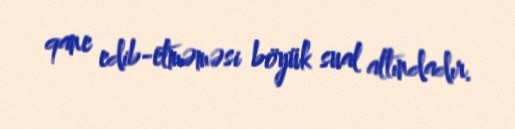
qane edib-etməməsi böyük sual altındadır.